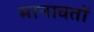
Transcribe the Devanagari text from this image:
मानावतों